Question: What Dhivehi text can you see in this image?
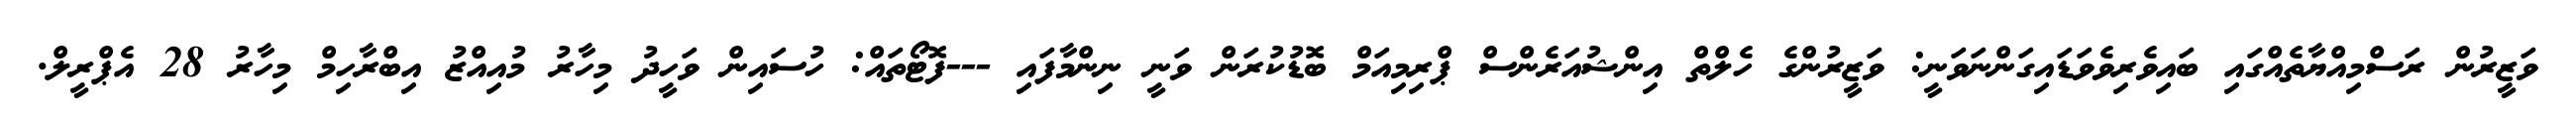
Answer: ވަޒީރުން ރަސްމިއްޔާތެއްގައި ބައިވެރިވެވަޑައިގަންނަވަނީ: ވަޒީރުންގެ ހެލްތް އިންޝުއަރެންސް ޕްރިމިއަމް ބޮޑުކުރަން ވަނީ ނިންމާފައި ---ފޮޓޯތައް: ހުސައިން ވަހީދު މިހާރު މުއިއްޒު އިބްރާހިމް މިހާރު 28 އެޕްރީލް.